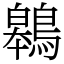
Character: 鷎